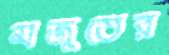
মজুতের